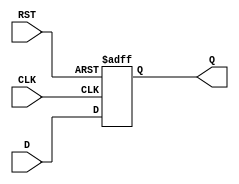
module IntermediateRegister (
    input wire D,        // Data Input
    input wire CLK,      // Clock Input
    input wire RST,      // Reset Input
    output reg Q         // Data Output
);

// Asynchronous reset and clocked data capture
always @(posedge CLK or posedge RST) begin
    if (RST) begin
        Q <= 1'b0;      // Reset the output to 0
    end else begin
        Q <= D;         // Capture the input data on clock edge
    end
end

endmodule